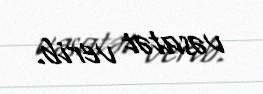
vəsatət verib.